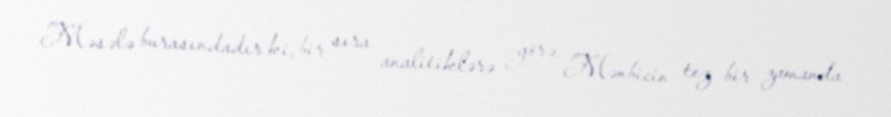
Məsələ burasındadır ki, bir sıra analitiklərə görə, Mənbicin tez bir zamanda